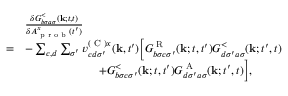
\begin{array} { r l } & { \frac { \delta G _ { b \sigma a \sigma } ^ { < } ( \mathbf { k } ; t , t ) } { \delta A _ { \textrm { p r o b } } ^ { x } ( t ^ { \prime } ) } } \\ { = } & { - \sum _ { c , d } \sum _ { \sigma ^ { \prime } } v _ { c d \sigma ^ { \prime } } ^ { ( \textrm { C } ) x } ( \mathbf { k } , t ^ { \prime } ) \Bigl [ G _ { b \sigma c \sigma ^ { \prime } } ^ { \textrm { R } } ( \mathbf { k } ; t , t ^ { \prime } ) G _ { d \sigma ^ { \prime } a \sigma } ^ { < } ( \mathbf { k } ; t ^ { \prime } , t ) } \\ & { \ \ \ \ \ \ \ \ \ \ \ \ \ \ \ \ \ \ \ + G _ { b \sigma c \sigma ^ { \prime } } ^ { < } ( \mathbf { k } ; t , t ^ { \prime } ) G _ { d \sigma ^ { \prime } a \sigma } ^ { \textrm { A } } ( \mathbf { k } ; t ^ { \prime } , t ) \Bigr ] , } \end{array}